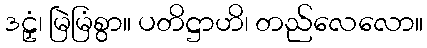
ဒဠှံ၊ မြဲမြံစွာ။ ပတိဋ္ဌာဟိ၊ တည်လေလော။